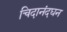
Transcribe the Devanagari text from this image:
चिदानंदघन